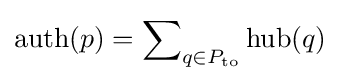
\mathrm {auth} (p)=\displaystyle \sum \nolimits _{q\in P_{\mathrm {to} }}\mathrm {hub} (q)